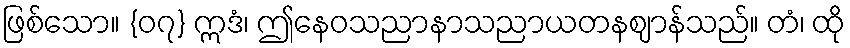
ဖြစ်သော။ {၀၇} ဣဒံ၊ ဤနေဝသညာနာသညာယတနဈာန်သည်။ တံ၊ ထို